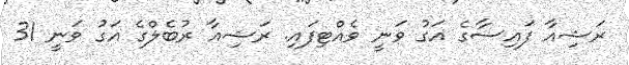
ރަޝިއާ ފައިސާގެ އަގު ވަނީ ވެއްޓިފައި. ރަޝިއާ ރުބެލްގެ އަގު ވަނީ 31